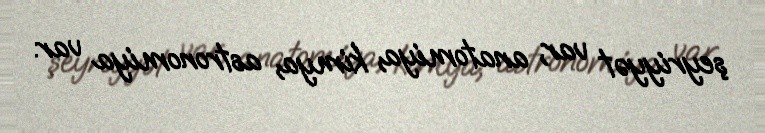
şeyriyyət var, anatomiya, kimya, astronomiya var.